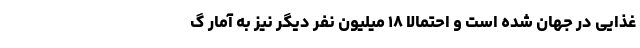
غذایی در جهان شده است و احتمالاً ۱۸ میلیون نفر دیگر نیز به آمار گ